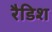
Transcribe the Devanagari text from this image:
रैडिश